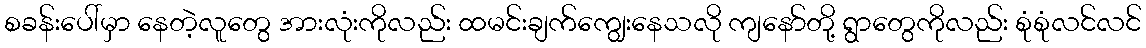
စခန်းပေါ်မှာ နေတဲ့လူတွေ အားလုံးကိုလည်း ထမင်းချက်ကျွေးနေသလို ကျနော်တို့ ရွာတွေကိုလည်း စုံစုံလင်လင်